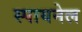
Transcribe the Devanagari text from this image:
स्पायनेल